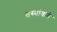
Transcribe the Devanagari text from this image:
तस्यांवाये